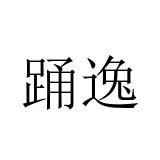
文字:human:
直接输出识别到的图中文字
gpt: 踊逸